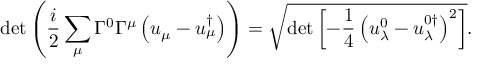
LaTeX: \operatorname * { d e t } \left( \frac { i } { 2 } \sum _ { \mu } \Gamma ^ { 0 } \Gamma ^ { \mu } \left( u _ { \mu } - u _ { \mu } ^ { \dagger } \right) \right) = \sqrt { \operatorname * { d e t } \left[ - \frac 1 4 \left( u _ { \lambda } ^ { 0 } - u _ { \lambda } ^ { 0 \dagger } \right) ^ { 2 } \right] } .